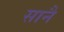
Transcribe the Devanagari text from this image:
सानै